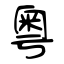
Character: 粤